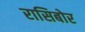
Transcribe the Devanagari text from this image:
रासिबोर